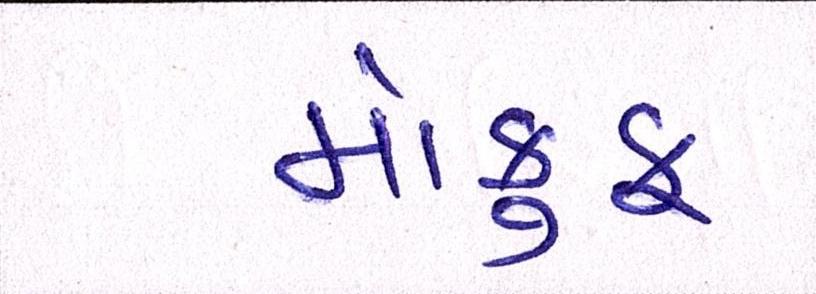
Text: મોકુફ